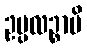
ဥပ္ပလဉ္စာပိ